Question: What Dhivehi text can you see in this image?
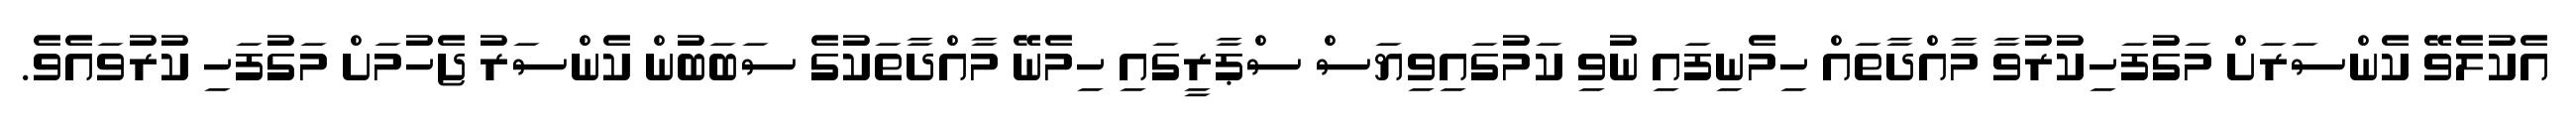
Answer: އެކުލެވޭ ކެންސަރަށް މަގުފަހިކުރުވާ މާއްދާތައް ހިމެނިފައި ނުވި ކަމުގައިވިޔަސް ސްޕާރީގައި ހިމެނޭ މާއްދާތަކުގެ ސަބަބުން ކެންސަރު ޖެހުމަށް މަގުފަހި ކުރުވައެވެ.